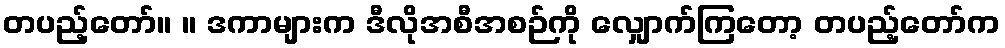
တပည့်တော်။ ။ ဒကာများက ဒီလိုအစီအစဉ်ကို လျှောက်ကြတော့ တပည့်တော်က